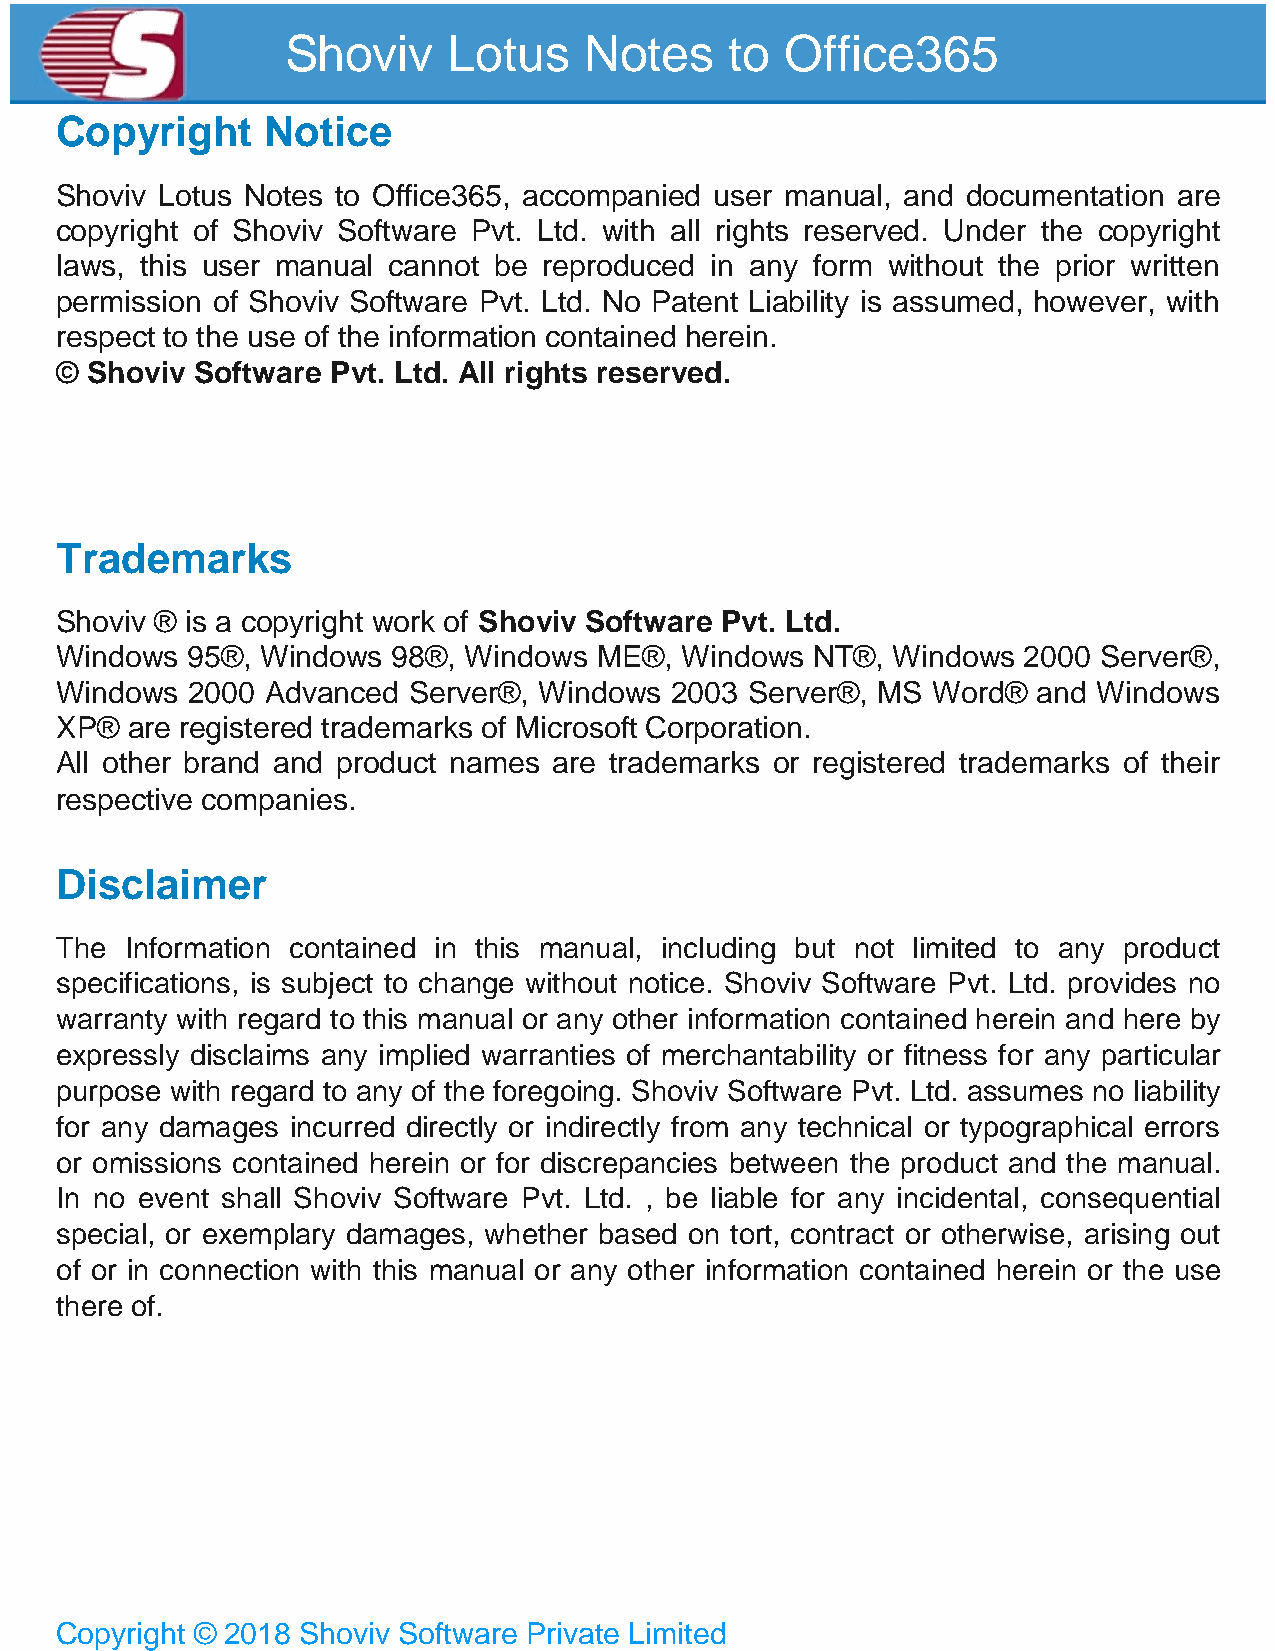
Shoviv     Lotus    Notes    to  Office365
 Copyright     Notice
 Shoviv Lotus Notes to Office365, accompanied user manual, and documentation are
 copyright of Shoviv Software Pvt. Ltd. with all rights reserved. Under the copyright
 laws, this user manual cannot be reproduced in any form without the prior written
 permission of Shoviv Software Pvt. Ltd. No Patent Liability is assumed, however, with
 respect to the use of the information contained herein.
 © Shoviv Software Pvt. Ltd. All rights reserved.
 Trademarks
 Shoviv ® is a copyright work of Shoviv Software Pvt. Ltd.
 Windows 95®, Windows  98®, Windows  ME®, Windows  NT®, Windows  2000 Server®,
 Windows 2000  Advanced Server®, Windows 2003  Server®, MS Word®  and Windows
 XP® are registered trademarks of Microsoft Corporation.
 All other brand and product names are trademarks or registered trademarks of their
 respective companies.
 Disclaimer
 The Information contained in this manual, including but not limited to any product
 specifications, is subject to change without notice. Shoviv Software Pvt. Ltd. provides no
 warranty with regard to this manual or any other information contained herein and here by
 expressly disclaims any implied warranties of merchantability or fitness for any particular
 purpose with regard to any of the foregoing. Shoviv Software Pvt. Ltd. assumes no liability
 for any damages incurred directly or indirectly from any technical or typographical errors
 or omissions contained herein or for discrepancies between the product and the manual.
 In no event shall Shoviv Software Pvt. Ltd. , be liable for any incidental, consequential
 special, or exemplary damages, whether based on tort, contract or otherwise, arising out
 of or in connection with this manual or any other information contained herein or the use
 there of.
 Copyright © 2018 Shoviv Software Private Limited